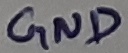
Text: GND